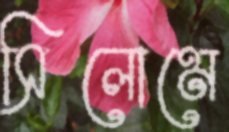
সিলোমে